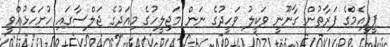
ޕީޕީއެމްގެ ފަރާތުން ގާނޫނީ ވަކީލު ވަހީދުގެ ނަން މަޖިލީހުގެ މިއަދުގެ ޖަލްސާގައި ހުށަހެޅުއްވީ